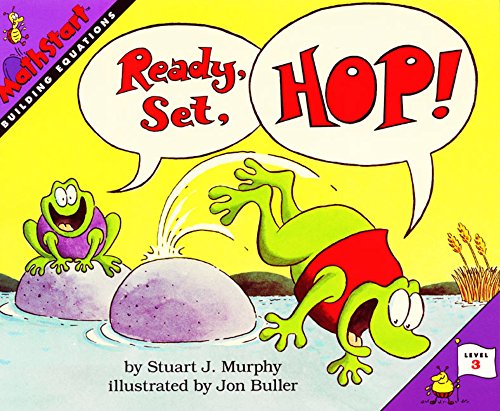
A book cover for Ready, Set, Hop! (MathStart 3); Stuart J. Murphy; Children's Books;